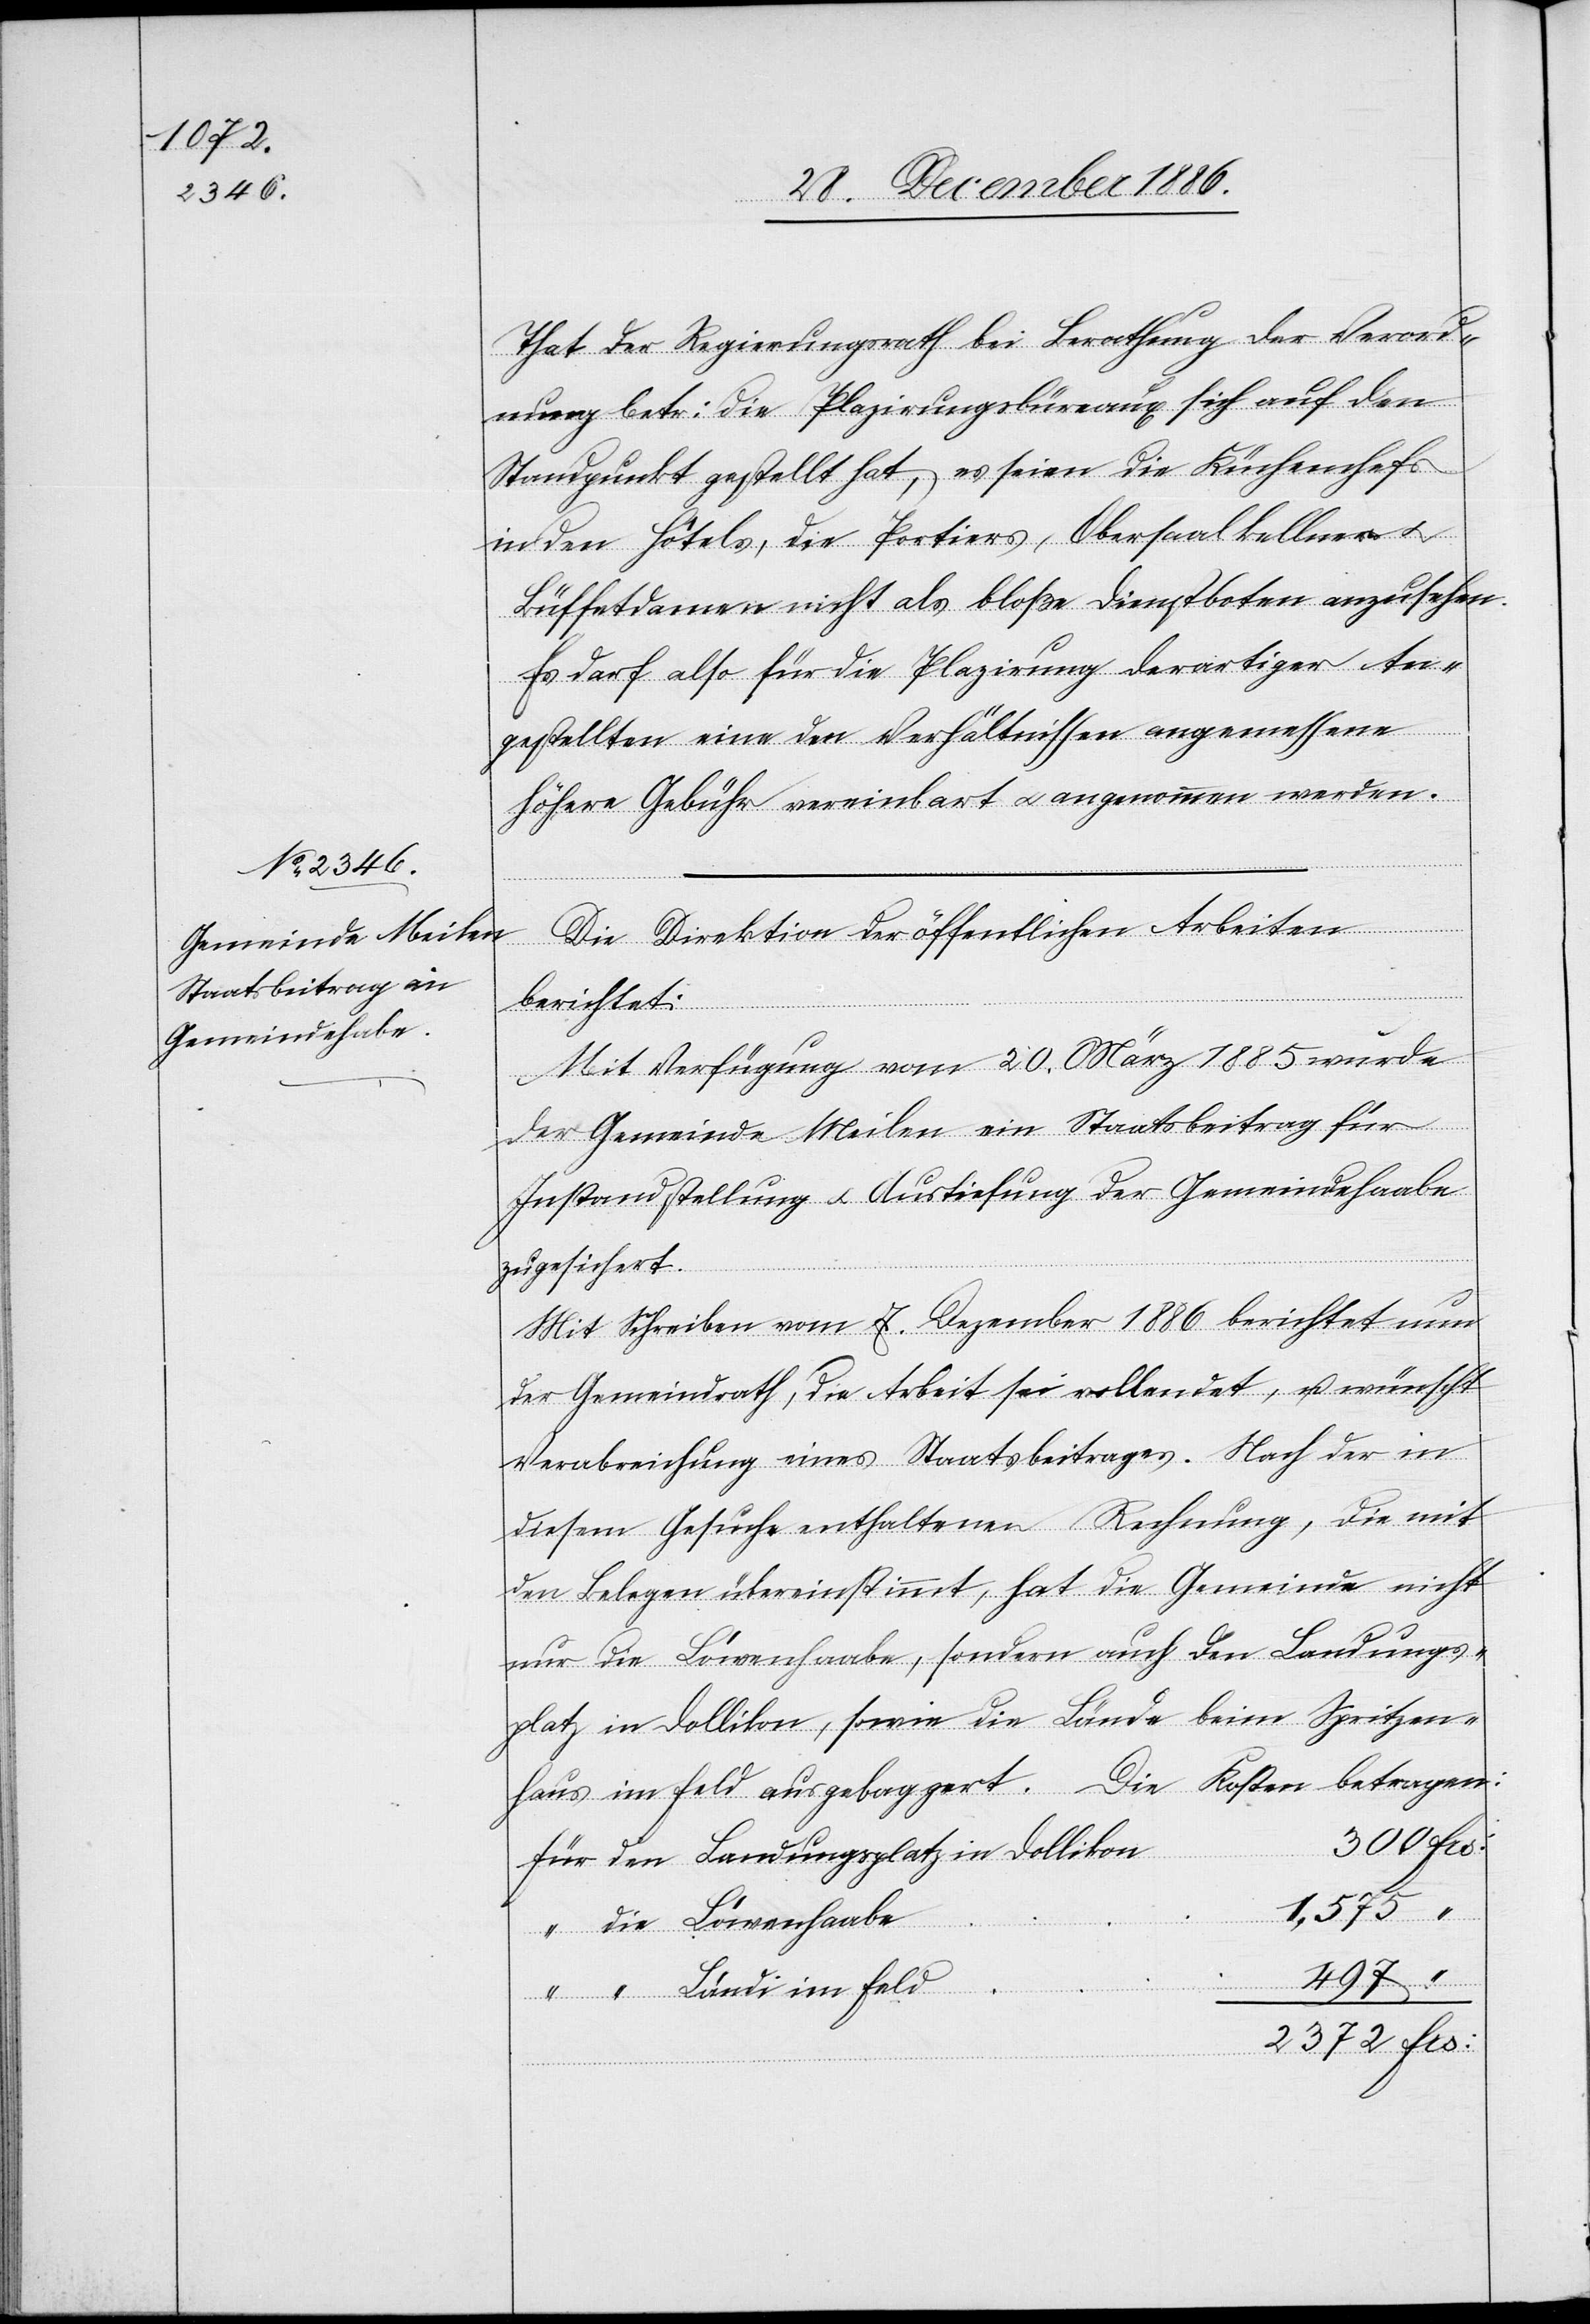
300

That der Regierungsrath bei Berathung der Verord¬
nung betr: die Plazirungsbüreaux sich auf den
Standpunkt gestellt hat, es seien die Küchenchefs
in den Hôtels, die Portiers, Obersaalkellner &
Büffetdamen nicht als bloße Dienstboten anzusehen.
Es darf also für die Plazirung derartiger An¬
gestellten eine den Verhältnissen angemessene
höhere Gebühr vereinbart & angenommen werden.“
Die Direktion der öffentlichen Arbeiten
berichtet:
Mit Verfügung vom 20. März 1885 wurde
der Gemeinde Meilen ein Staatsbeitrag für
Instandstellung & Austiefung der Gemeindehaabe
zugesichert.
Mit Schreiben vom 7. Dezember 1886 berichtet nun
der Gemeindrath, die Arbeit sei vollendet, u. wünscht
Verabreichung eines Staatsbeitrages. Nach der in
diesem Gesuche enthaltenen Rechnung, die mit
den Belegen übereinstimmt, hat die Gemeinde nicht
nur die Löwenhaabe, sondern auch den Landungs¬
platz in Dollikon, sowie die Lände beim Spritzen¬
haus im Feld ausgebaggert. Die Kosten betragen:
Frs:
den Landungsplatz in Dollikon
1,575
die Löwenhaabe
497
“ Ländi im Feld